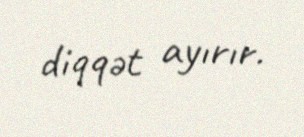
diqqət ayırır.